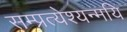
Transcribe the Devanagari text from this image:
सम्प्रत्येश्यन्मयि